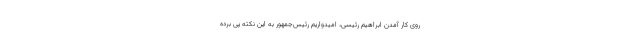
روی کار آمدن ابراهیم رئیسی، امیدواریم رئیس‌جمهور به این نکته پی برده